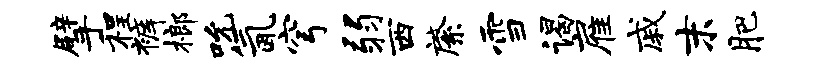
擘程裤榔吮氤穹弱西綮雪谒雇戚末肥